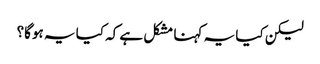
لیکن کیا یہ کہنا مشکل ہے کہ کیا یہ ہوگا؟